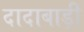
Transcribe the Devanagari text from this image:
दादाबाड़ी